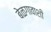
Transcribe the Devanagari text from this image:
बेळगावाशी